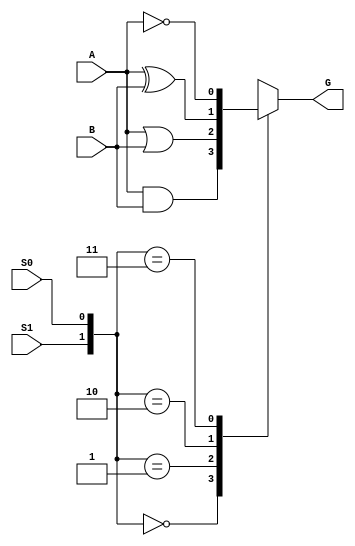
module MUX_4_1(A, B, S0, S1, G);
input A, B;
input S0, S1;
output G;
reg G;

always @ *
case({S1, S0})
2'b00: G = A & B;
2'b01: G = A | B;
2'b10: G = A ^ B;
2'b11: G = ~A;
default: G=1'bx;
endcase
endmodule

module LU_4(A, B, S0, S1, G);
input [3:0] A,B;
input S0, S1;
output [3:0] G;

MUX_4_1 M0(A[0], B[0], S0, S1, G[0]);
MUX_4_1 M1(A[1], B[1], S0, S1, G[1]);
MUX_4_1 M2(A[2], B[2], S0, S1, G[2]);
MUX_4_1 M3(A[3], B[3], S0, S1, G[3]);
endmodule